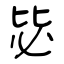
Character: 毖